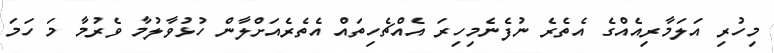
މިހުރި އަލަމާރިއެއްގެ އެތެރެ ނުފެނެމިހިރަ އެއްޗެހިތައް އެތެރެއަށްލާން ހުޅުވާލުމާ ވެރުމާ މަ ހަމަ